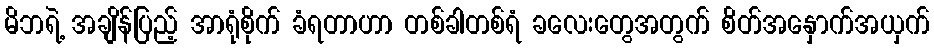
မိဘရဲ့ အချိန်ပြည့် အာရုံစိုက် ခံရတာဟာ တစ်ခါတစ်ရံ ခလေးတွေအတွက် စိတ်အနှောက်အယှက်